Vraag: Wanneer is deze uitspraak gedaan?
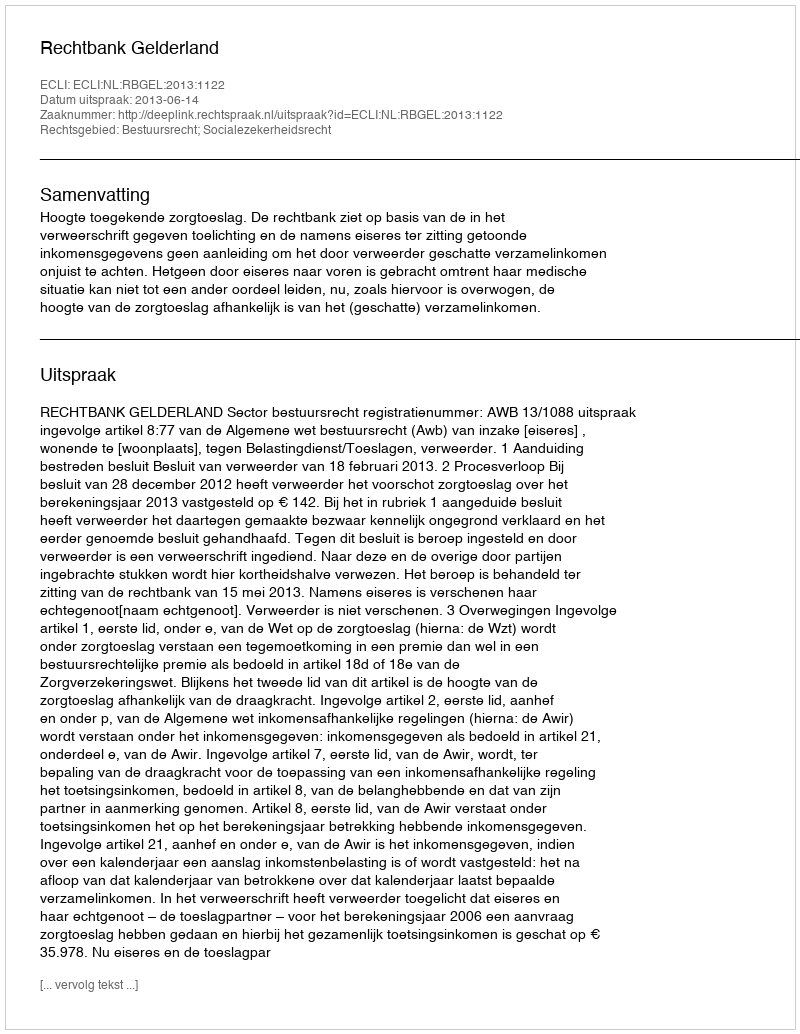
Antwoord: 2013-06-14